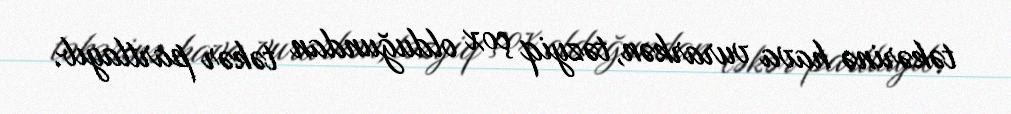
təkərinə hava vurarkən, təzyiq çox olduğundan təkər partlayıb.